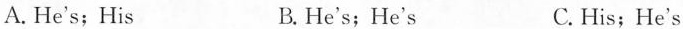
A.He's; His B.He's; He's C. His;He's